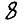
Digit: 8